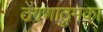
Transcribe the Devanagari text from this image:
ठेंगणाठुमका